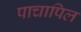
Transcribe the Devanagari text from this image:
पाचापिल